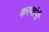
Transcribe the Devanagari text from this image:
करणांनी